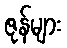
ဇုန်များ